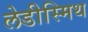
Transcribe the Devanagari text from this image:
लेडीस्मिथ